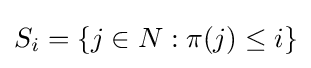
S_{i}=\{j\in N:\pi (j)\leq i\}